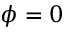
\phi = 0